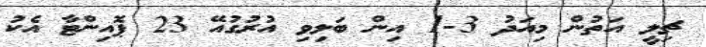
ޗިލީ އަތުން މިއަދު 3-1 އިން ބަލިވި އުރުގުއޭ 23 ޕޮއިންޓާ އެކު